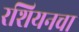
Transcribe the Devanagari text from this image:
रशियनचा